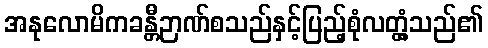
အနုလောမိကခန္တီဉာဏ်စသည်နှင့်ပြည့်စုံလတ္တံ့သည်၏